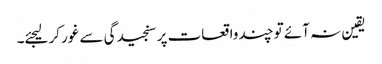
یقین نہ آئے تو چند واقعات پر سنجیدگی سے غور کرلیجئے۔